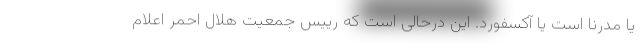
یا مدرنا است یا آکسفورد. این درحالی است که رییس جمعیت هلال احمر اعلام